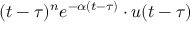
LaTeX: ( t - \tau ) ^ { n } e ^ { - \alpha ( t - \tau ) } \cdot u ( t - \tau )